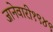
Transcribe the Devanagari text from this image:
जानेवारी१९४९